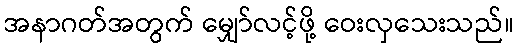
အနာဂတ်အတွက် မျှော်လင့်ဖို့ ဝေးလှသေးသည်။